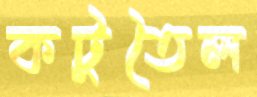
কটুতৈল